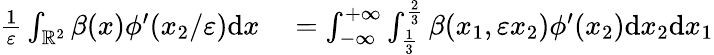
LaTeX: \begin{array}{rl}{\frac{1}{\varepsilon}\int_{\mathbb{R}^{2}}\beta(x)\phi^{\prime}(x_{2}/\varepsilon)\textrm{d}x}&{{}=\int_{-\infty}^{+\infty}\int_{\frac{1}{3}}^{\frac{2}{3}}\beta(x_{1},\varepsilon x_{2})\phi^{\prime}(x_{2})\textrm{d}x_{2}\textrm{d}x_{1}}\end{array}